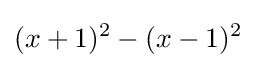
(x+1)^{2}-(x-1)^{2}